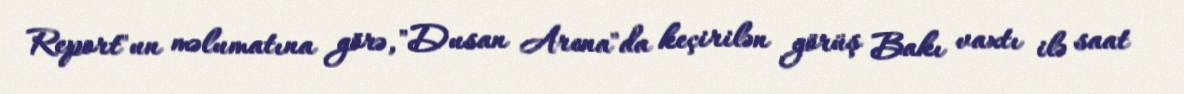
Report"un məlumatına görə, "Dusan Arena"da keçirilən görüş Bakı vaxtı ilə saat